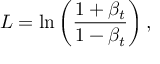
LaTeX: { \cal L } = \ln \left( \frac { 1 + \beta _ { t } } { 1 - \beta _ { t } } \right) , \quad